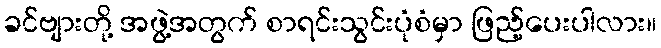
ခင်ဗျားတို့ အဖွဲ့အတွက် စာရင်းသွင်းပုံစံမှာ ဖြည့်ပေးပါလား။